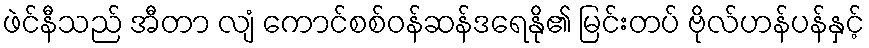
ဖဲင်နီသည် အီတာ လျံ ကောင်စစ်ဝန်ဆန်ဒရေနို၏ မြင်းတပ် ဗိုလ်ဟန်ပန်နှင့်